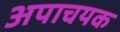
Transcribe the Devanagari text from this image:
अपाचयक